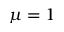
\mu = 1